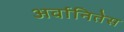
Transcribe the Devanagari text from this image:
अर्वानितेस